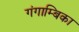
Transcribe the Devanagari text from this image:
गंगाम्बिका